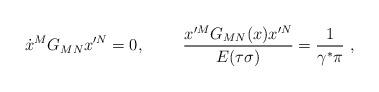
LaTeX: \begin{align*} \dot{x}^M G_{MN} x^{\prime N} =0, ~~~~~~~ {x^{\prime M} G_{MN}(x) x^{\prime N} \over E(\tau\sigma)} = {1 \over\gamma^\ast \pi}~,\end{align*}